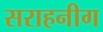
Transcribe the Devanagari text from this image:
सराहनीग